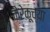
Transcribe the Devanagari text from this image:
केरेकूच्या